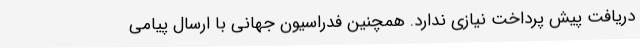
دریافت پیش پرداخت نیازی ندارد. همچنین فدراسیون جهانی با ارسال پیامی